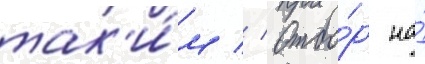
так'и́м // Отбо́р на́